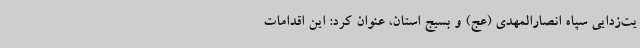
یت‌زدایی سپاه انصارالمهدی (عج) و بسیج استان، عنوان کرد: این اقدامات